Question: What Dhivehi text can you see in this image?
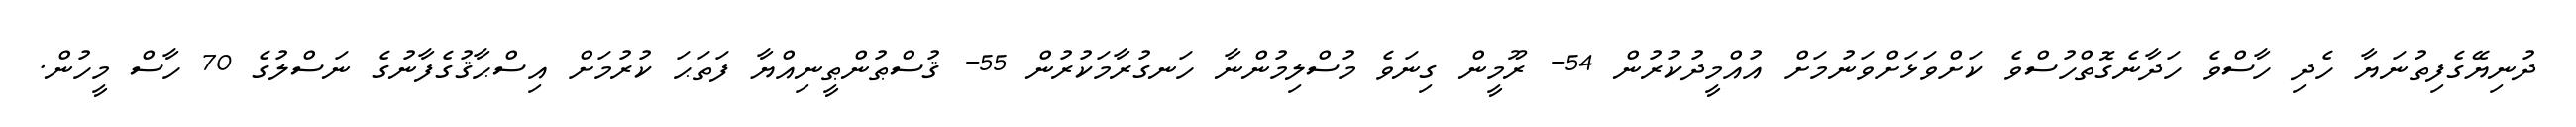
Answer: ދުނިޔޭގެފިތުނަޔާ ހެދި ހާސްވެ ހަދާނެގޮތްހުސްވެ ކަށްވަޅަށްވަނުމަށް އުއްމީދުކުރުން 54- ރޫމީން ގިނަވެ މުސްލިމުންނާ ހަނގުރާމަކުރުން 55- ޤުސްޠުންޠީނިއްޔާ ފަތަޙަ ކުރުމަށް އިސްޙާޤުގެފާނުގެ ނަސްލުގެ 70 ހާސް މީހުން.